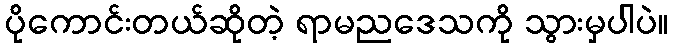
ပိုကောင်းတယ်ဆိုတဲ့ ရာမညဒေသကို သွားမှပါပဲ။